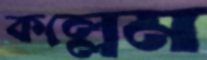
কল্লেম